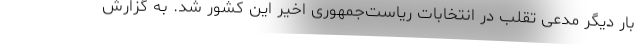
بار دیگر مدعی تقلب در انتخابات ریاست‌جمهوری اخیر این کشور شد. به گزارش